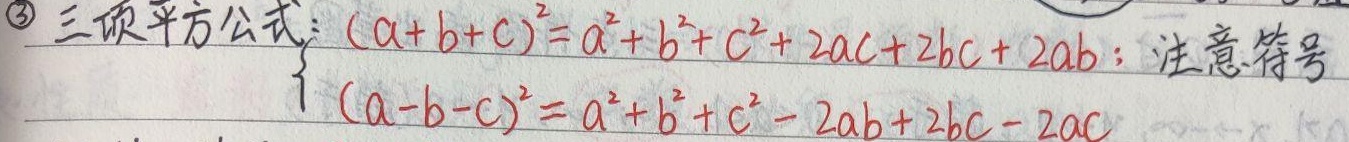
3. 三项平方公式：\(\begin{cases}(a + b + c)^{2}=a^{2}+b^{2}+c^{2}+2ac + 2bc + 2ab\\(a - b - c)^{2}=a^{2}+b^{2}+c^{2}-2ab + 2bc - 2ac\end{cases}\)；注意\textcircled{符号}